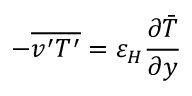
- { \overline { { v ^ { \prime } T ^ { \prime } } } } = \varepsilon _ { H } { \frac { \partial { \bar { T } } } { \partial y } }